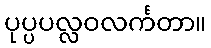
ပုပ္ပပလ္လဝလင်္ကတာ။